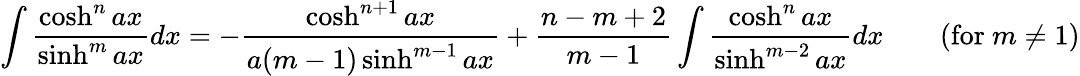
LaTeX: \int{\frac{\cosh^{n}ax}{\sinh^{m}ax}}dx=-{\frac{\cosh^{n+1}ax}{a(m-1)\sinh^{m-1}ax}}+{\frac{n-m+2}{m-1}}\int{\frac{\cosh^{n}ax}{\sinh^{m-2}ax}}dx\qquad{\mathrm{(for~}}m\neq 1{\mathrm{)}}